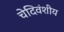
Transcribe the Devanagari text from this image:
चेदिवंशीय